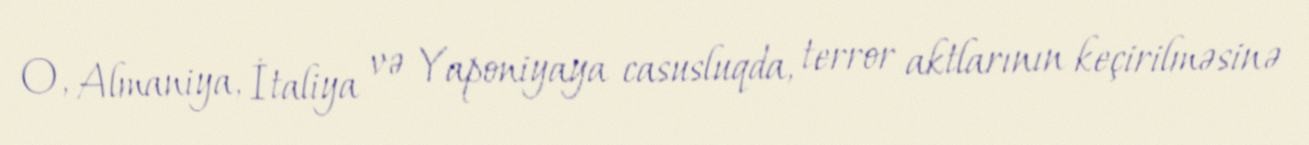
O, Almaniya, İtaliya və Yaponiyaya casusluqda, terror aktlarının keçirilməsinə